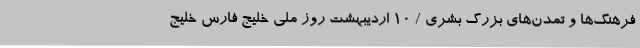
فرهنگ‌ها و تمدن‌های بزرگ بشری / 10 اردیبهشت روز ملی خلیج فارس خلیج